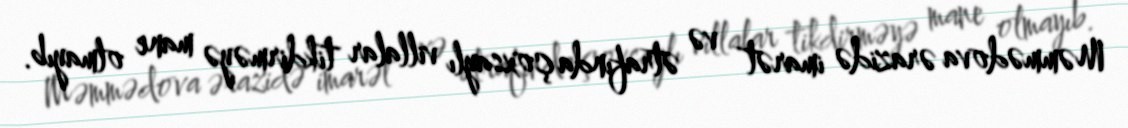
Məmmədova ərazidə imarət və ətrafında çoxsaylı villalar tikdirməyə mane olmayıb.